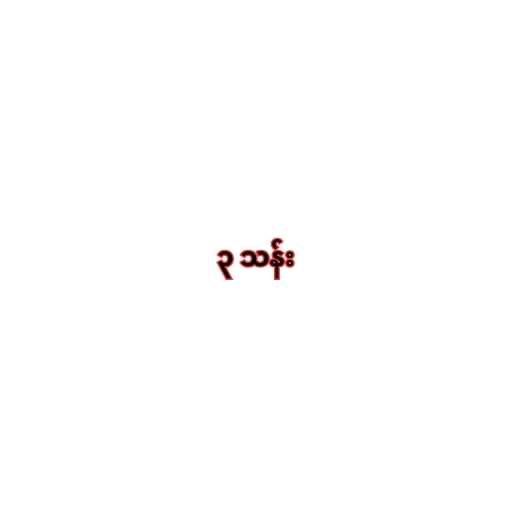
၃ သန်း